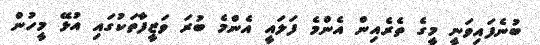
ބުނެފައިވަނީ މީގެ ތެރެއިން އެންމެ ފަލައީ އެންމެ ބުރަ ވަޒީފާތަކުގައި އުޅޭ މީހުން